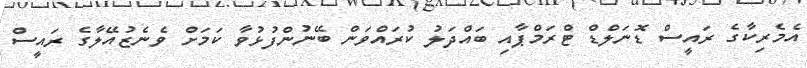
އެމެރިކާގެ ރައީސް ޑޮނަލްޑް ޓްރަމްޕާއި ބައްދަލު ކުރައްވަން ބޭނުންފުޅުވާ ކަމަށް ވެނެޒުއޭލާގެ ރައީސް